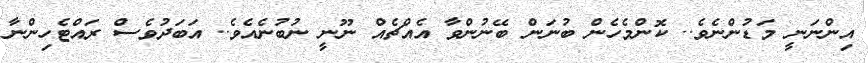
އިންނަނީ މަޑުންނެވެ.. ކޮންމެހެން ބުނަން ބޭނުންވާ އެއްޗެއް ނޫނީ ނުބުނެއެވެ.. އަބަދުވެސް ރައްޓެހިންނާ